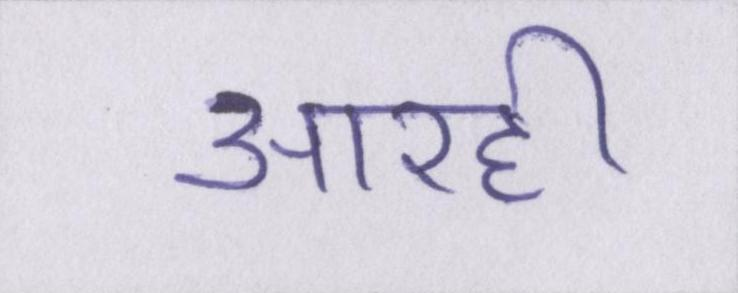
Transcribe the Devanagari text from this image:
आरही